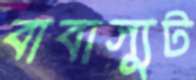
বাবাস্যুট